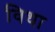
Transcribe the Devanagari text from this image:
विथा